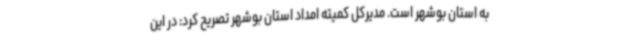
به استان بوشهر است. مدیرکل کمیته امداد استان بوشهر تصریح کرد: در این